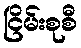
ငြိမ်းစုစီ